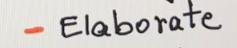
- Elaborate